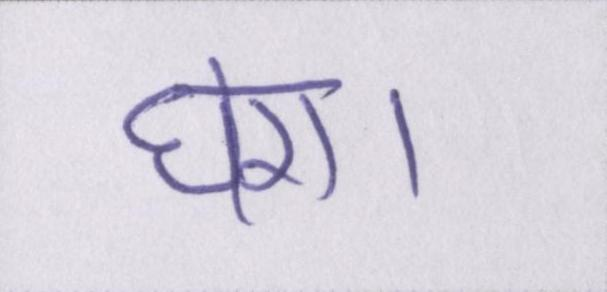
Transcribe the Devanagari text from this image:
घेरा।